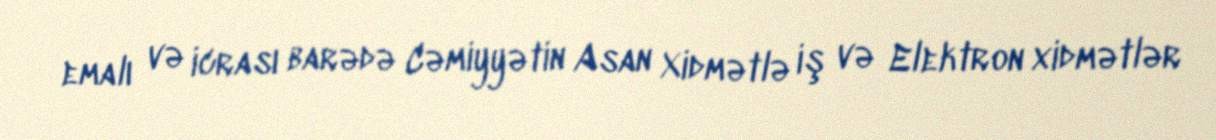
emalı və icrası barədə Cəmiyyətin Asan Xidmətlə iş və Elektron xidmətlər